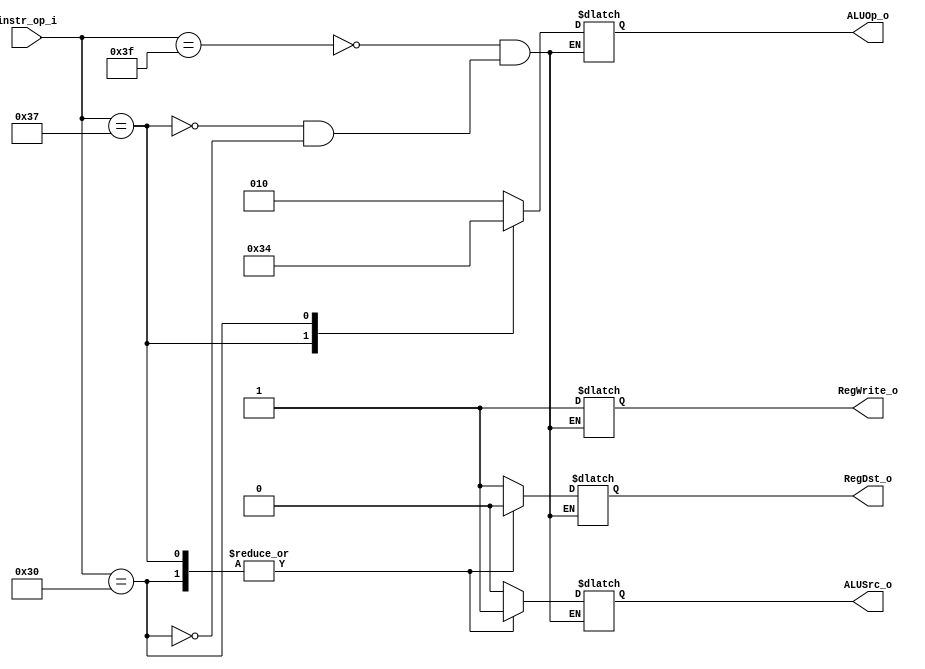
module Decoder( instr_op_i, RegWrite_o,	ALUOp_o, ALUSrc_o, RegDst_o );
     
//I/O ports
input	[6-1:0] instr_op_i;

output			RegWrite_o;
output	[3-1:0] ALUOp_o;
output			ALUSrc_o;
output			RegDst_o;
 
//Internal Signals
wire	[3-1:0] ALUOp_o;
wire			ALUSrc_o;
wire			RegWrite_o;
wire			RegDst_o;

reg		[3-1:0]	op;
reg				src;
reg				write;
reg				Dst;

parameter [3-1:0] ALUOP_RTYPE=	3'b010;
parameter [3-1:0] ALUOP_ADDI =	3'b110;
parameter [3-1:0] ALUOP_LUI  =	3'b100;

parameter [6-1:0] OP_RTYPE = 6'b111111;
parameter [6-1:0] OP_ADDI  = 6'b110111;
//parameter [6-1:0] OP_BEQ   = 6'b111011;
//parameter [6-1:0] OP_ORI   = 6'b110010;
parameter [6-1:0] OP_LUI   = 6'b110000;

//Main function
/*your code here*/

// R-type OP = 111111

always@(instr_op_i) begin
//	$display("[Decoder]==> OPcode= %b",instr_op_i);
	case (instr_op_i)
		OP_RTYPE:begin
			write = 1;		// 1 => write
			op 	= ALUOP_RTYPE;
			src = 0;		// 0 => Reg
			Dst = 1;		// 1 => Rd
		//	$display("[Decoder]==> Rtype OPcode, aluop = %b",ALUOp_o);
		end
		// ADDI OP = 6'b110111
		OP_ADDI: begin
			write = 1;		// 1 => write
			op = ALUOP_ADDI;
			src = 1;		// 1 => Imm
			Dst = 0;		// 0 => Rt
		//	$display("[Decoder]==> Addi OPcode, aluop = %b",ALUOp_o);
		end
		// LUI OP = b'b110000
		OP_LUI: begin
			write = 1;		// 1 => write
			op = ALUOP_LUI;
			src = 1;		// 1 => Imm
			Dst = 0;		// 0 => Rt
		//	$display("[Decoder]==> Lui OPcode, aluop = %b",ALUOp_o);
		end
	endcase
end

assign RegWrite_o = write;
assign ALUOp_o = op;
assign ALUSrc_o = src;
assign RegDst_o = Dst;

endmodule